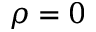
\rho = 0